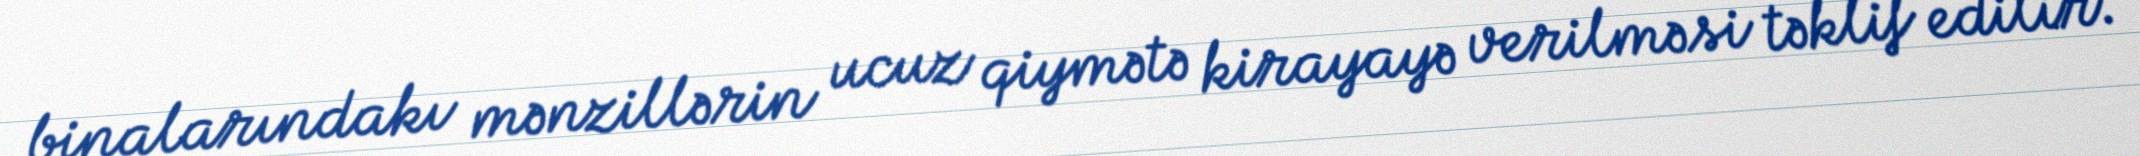
binalarındakı mənzillərin ucuz qiymətə kirayayə verilməsi təklif edilir.